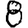
Digit: 8